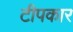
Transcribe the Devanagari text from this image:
टीपकार